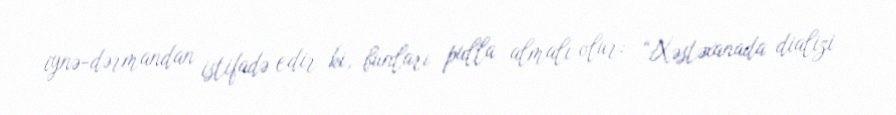
iynə-dərmandan istifadə edir ki, bunları pulla almalı olur: “Xəstəxanada dializi